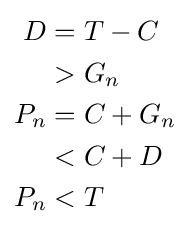
{\begin{aligned}D&{}=T-C\\&{}>G_{n}\\P_{n}&{}=C+G_{n}\\&{}<C+D\\P_{n}&{}<T\end{aligned}}